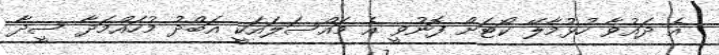
އެ ދައުވާ ހުޅުމާލޭ ކޯޓަށް ފޮނުވީ އެ މައްސަލައަކީ އަބްދު މުހައްމަދާ ސީދާ